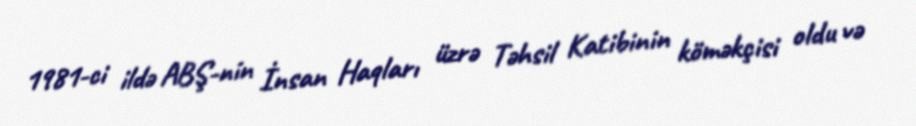
1981-ci ildə ABŞ-nin İnsan Haqları üzrə Təhsil Katibinin köməkçisi oldu və